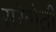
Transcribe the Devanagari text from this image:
सरेन्गेती